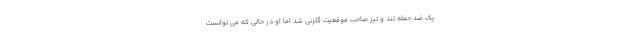
یک ضد حمله تند و تیز صاحب موقعیت گلزنی شد اما او در حالی که می توانست